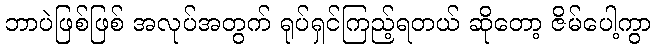
ဘာပဲဖြစ်ဖြစ် အလုပ်အတွက် ရုပ်ရှင်ကြည့်ရတယ် ဆိုတော့ ဇိမ်ပေါ့ကွာ